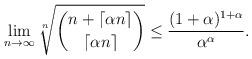
LaTeX: \begin{align*} \lim_{n\rightarrow\infty}\sqrt[n]{\binom{n + \lceil \alpha n \rceil}{\lceil \alpha n \rceil}} \le \frac{(1+\alpha)^{1+\alpha}}{\alpha^{\alpha}}. \end{align*}